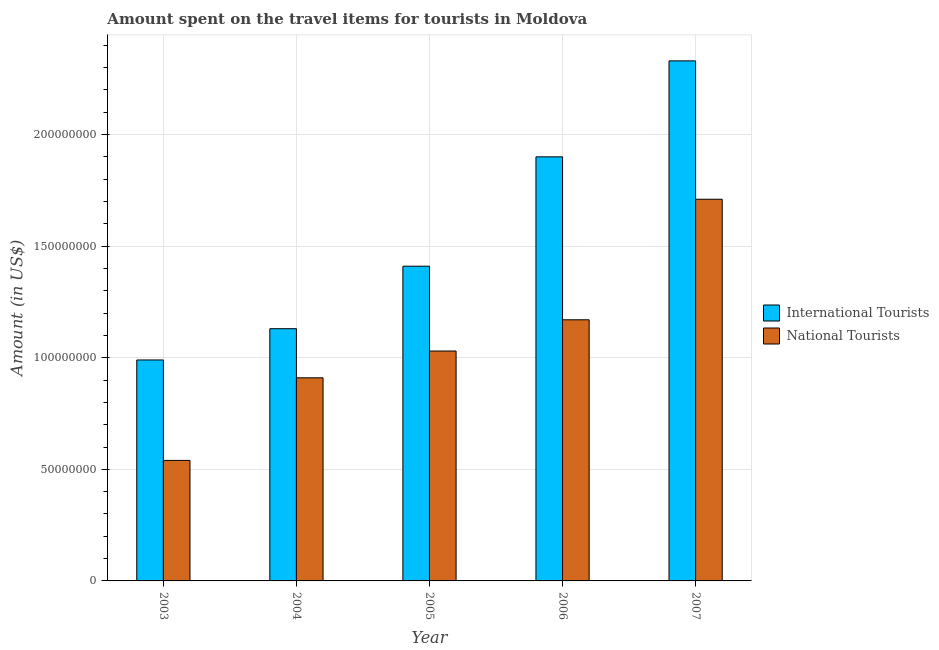
| Year | International Tourists | National Tourists |
 | --- | --- | --- |
 | 2003 | 9.9e+07 | 5.4e+07 |
 | 2004 | 1.13e+08 | 9.1e+07 |
 | 2005 | 1.41e+08 | 1.03e+08 |
 | 2006 | 1.9e+08 | 1.17e+08 |
 | 2007 | 2.33e+08 | 1.71e+08 |